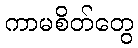
ကာမစိတ်တွေ